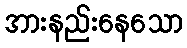
အားနည်းနေသော